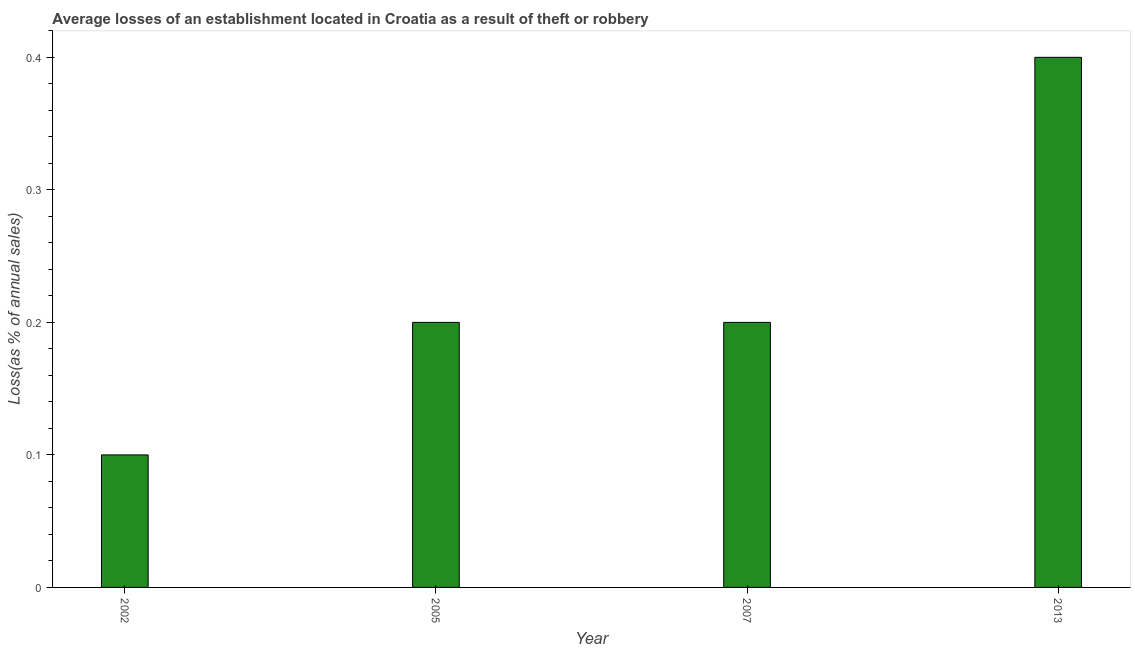
| Year | Losses due to theft |
 | --- | --- |
 | 2002 | 0.1 |
 | 2005 | 0.2 |
 | 2007 | 0.2 |
 | 2013 | 0.4 |